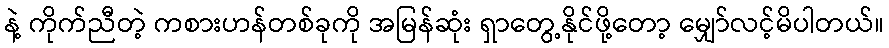
နဲ့ ကိုက်ညီတဲ့ ကစားဟန်တစ်ခုကို အမြန်ဆုံး ရှာတွေ့နိုင်ဖို့တော့ မျှော်လင့်မိပါတယ်။